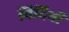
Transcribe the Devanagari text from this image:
विदियों